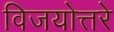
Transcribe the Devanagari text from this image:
विजयोत्तरे